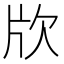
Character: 㸝